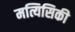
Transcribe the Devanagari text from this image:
मत्यिसिकी